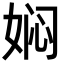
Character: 𭑽